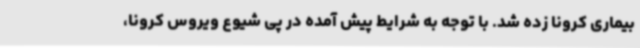
بیماری کرونا زده شد. با توجه به شرایط پیش آمده در پی شیوع ویروس کرونا،